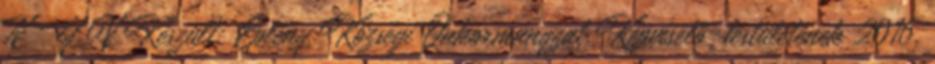
N Y V Készült: Eplény Községi Önkormányzat Képviselő-testületének 2016.